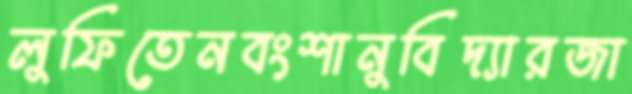
লুফিতেনবংশানুবিদ্যারজা